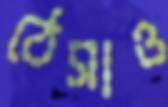
ঠেসাও